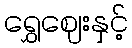
ရွှေဈေးနှင့်